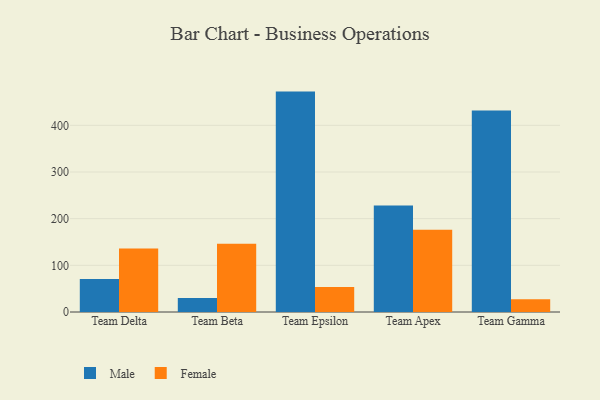
{"axis": {"x": "Team", "y": "Humidity (%)"}, "legend": ["Female", "Male"], "data": [{"x": "Team Delta", "y": 70.7, "type": "Male"}, {"x": "Team Delta", "y": 136.2, "type": "Female"}, {"x": "Team Beta", "y": 29.9, "type": "Male"}, {"x": "Team Beta", "y": 146.3, "type": "Female"}, {"x": "Team Epsilon", "y": 472.3, "type": "Male"}, {"x": "Team Epsilon", "y": 53.7, "type": "Female"}, {"x": "Team Apex", "y": 228.2, "type": "Male"}, {"x": "Team Apex", "y": 176.2, "type": "Female"}, {"x": "Team Gamma", "y": 431.7, "type": "Male"}, {"x": "Team Gamma", "y": 27.1, "type": "Female"}]}